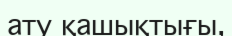
ату қашықтығы,